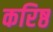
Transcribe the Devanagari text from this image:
करिष्ठ